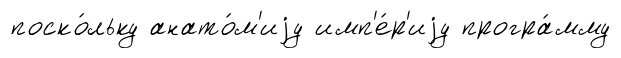
поско́льку анато́м'иjу имп'е́р'иjу програ́мму